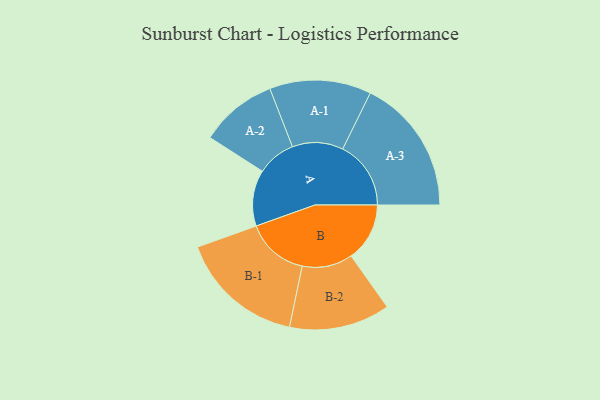
{"axis": {"x": "Segment", "y": "Value"}, "legend": ["", "A", "B"], "data": [{"x": "A", "y": 161, "type": ""}, {"x": "B", "y": 168, "type": ""}, {"x": "A-1", "y": 146, "type": "A"}, {"x": "A-2", "y": 111, "type": "A"}, {"x": "A-3", "y": 196, "type": "A"}, {"x": "B-1", "y": 180, "type": "B"}, {"x": "B-2", "y": 145, "type": "B"}]}